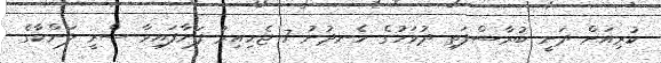
ކުރިއަށް ދަނީ ބުރާސްފަތި ދުވަހުގެ ހެނދުނު 7 ޖެހިއިރު ފަށާފައިވާ ސްރީ ލަންކާގެ